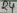
Text: 14